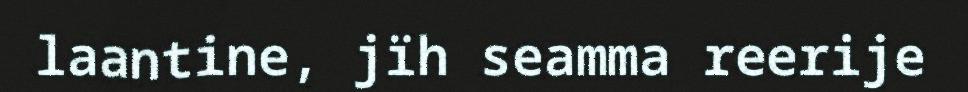
laantine, jïh seamma reerije